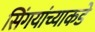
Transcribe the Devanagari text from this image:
सिंगयांच्याकडे